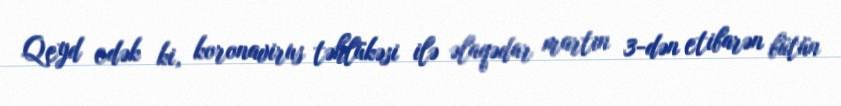
Qeyd edək ki, koronavirus təhlükəsi ilə əlaqədar martın 3-dən etibarən bütün